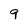
Character: 9